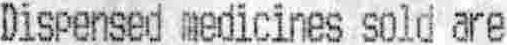
DISPENSED MEDICINES SOLD ARE